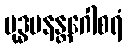
ဗုဒ္ဓမနန္တဂေါစရံ